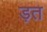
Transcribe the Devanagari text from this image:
ड़त